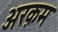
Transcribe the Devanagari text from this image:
अरक़म